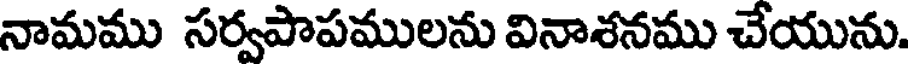
నామము సర్వపాపములను వినాశనము చేయును.